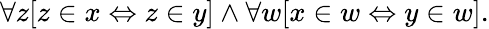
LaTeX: \forall z[z\in x\Leftrightarrow z\in y]\land\forall w[x\in w\Leftrightarrow y\in w].